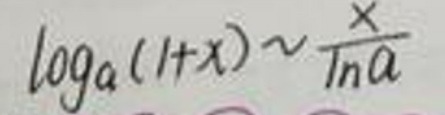
\[\log_a(1 + x)\sim\frac{x}{\ln a}\]